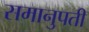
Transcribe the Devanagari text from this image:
समानुपती